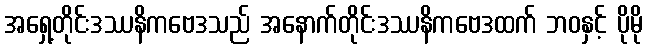
အရှေ့တိုင်းဒဿနိကဗေဒသည် အနောက်တိုင်းဒဿနိကဗေဒထက် ဘဝနှင့် ပိုမို